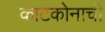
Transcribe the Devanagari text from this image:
काटकोनाची